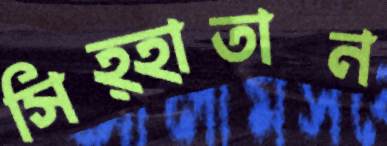
সিহ্হাতান